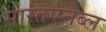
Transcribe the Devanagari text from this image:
सास्तएनेब्ल